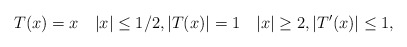
\begin{align*} T(x)=x\quad|x|\le 1/2, |T(x)| =1\quad|x|\ge 2, |T'(x)|\le 1, \end{align*}